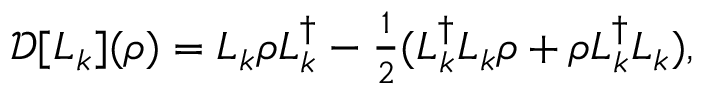
\begin{array} { r } { \mathcal { D } [ L _ { k } ] ( \rho ) = L _ { k } \rho L _ { k } ^ { \dagger } - \frac { 1 } { 2 } ( L _ { k } ^ { \dagger } L _ { k } \rho + \rho L _ { k } ^ { \dagger } L _ { k } ) , } \end{array}